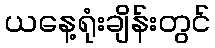
ယနေ့ရုံးချိန်းတွင်